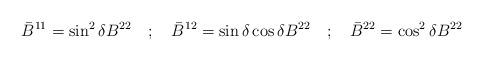
LaTeX: \begin{align*}{\bar B}^{11} = \sin ^{2} \delta B^{22} \quad ; \quad{\bar B}^{12} = \sin \delta \cos \delta B^{22} \quad ; \quad{\bar B}^{22} = \cos ^{2} \delta B^{22}\end{align*}